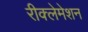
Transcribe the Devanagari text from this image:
रीक्लेमेशन